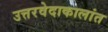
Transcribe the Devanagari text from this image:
उत्तरवेदाकालांत